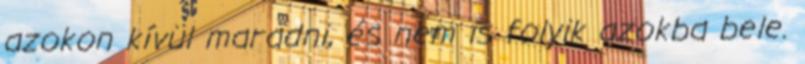
azokon kívül maradni, és nem is folyik azokba bele.